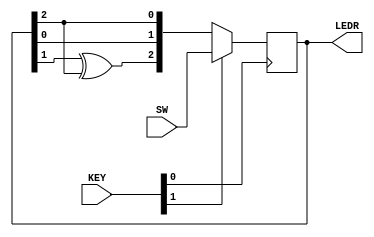
module top_module (
	input [2:0] SW,      // R
	input [1:0] KEY,     // L and clk
	output [2:0] LEDR);  // Q
	
    wire [2:0] D;
    assign D = KEY[1] ? SW :  {LEDR[1] ^ LEDR[2], LEDR[0] , LEDR[2]};
    
    always @(posedge KEY[0]) begin
        LEDR <= D;
    end

endmodule